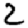
Digit: 2